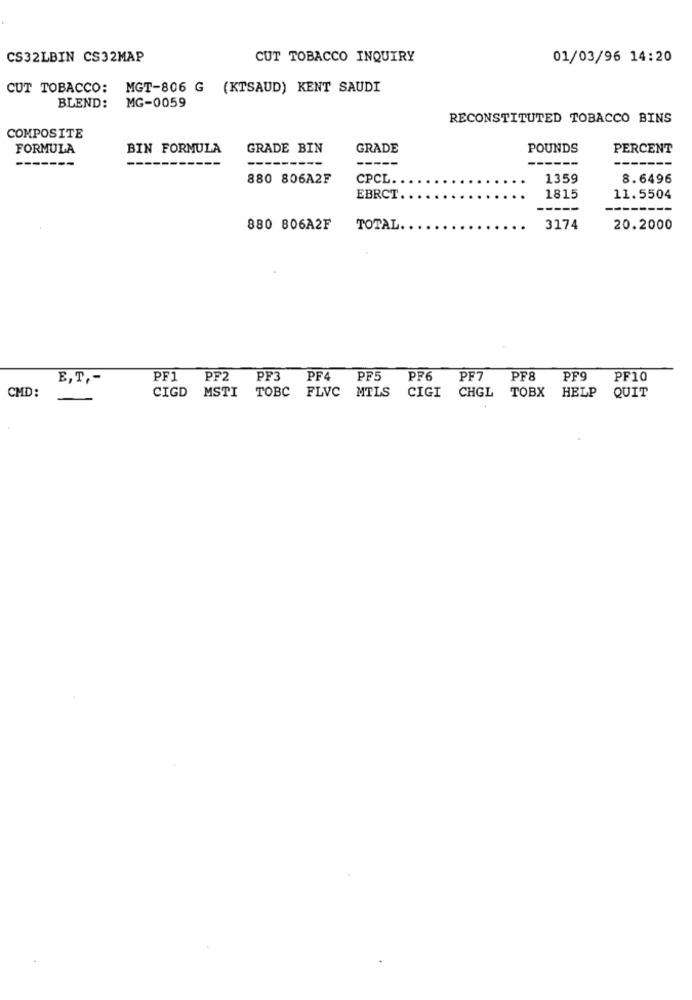
CS32LBIN CS32MAP
CUT TOBACCO INQUIRY
01/03/96 14:20
CUT TOBACCO:
MGT-806 G (KTSAUD) KENT SAUDI
BLEND:
MG-0059
RECONSTITUTED TOBACCO BINS
COMPOSITE
FORMULA
BIN FORMULA
GRADE BIN
GRADE
POUNDS
PERCENT
---
880 806A2F
CPCL ..
1359
8.6496
EBRCT
1815
11.5504
-----
880 806A2F
TOTAL.
3174
20.2000
E,T ,-
PF1
PF2
PF3
PF4
PF5
PF6
PF7
PF8
PF9
PF10
CMD:
TOBX
CIGD MSTI TOBC FLVC MTLS
CIGI CHGL
HELP
QUIT